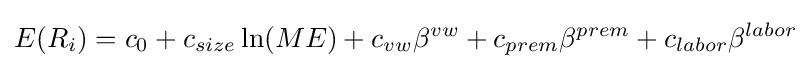
E(R_{i})=c_{0}+c_{size}\ln(ME)+c_{vw}\beta ^{vw}+c_{prem}\beta ^{prem}+c_{labor}\beta ^{labor}